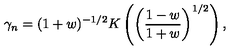
\gamma _ { n } = ( 1 + w ) ^ { - 1 / 2 } K \left( \left( \frac { 1 - w } { 1 + w } \right) ^ { 1 / 2 } \right) ,